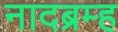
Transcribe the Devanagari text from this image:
नादब्रम्ह